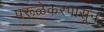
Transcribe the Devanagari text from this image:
परूळेकरपासून